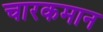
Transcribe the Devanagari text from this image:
चारकमान